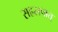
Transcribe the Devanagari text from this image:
सहस्रपात्